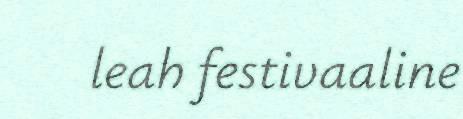
leah festivaaline